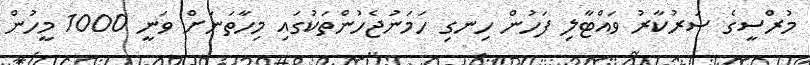
މުރްސީގެ ސަރުކާރު ވައްޓާލި ފަހުން ހިނގި ހަމަނުޖެހުންތަކުގައި މިހާތަނަށް ވަނީ 1000 މީހުން